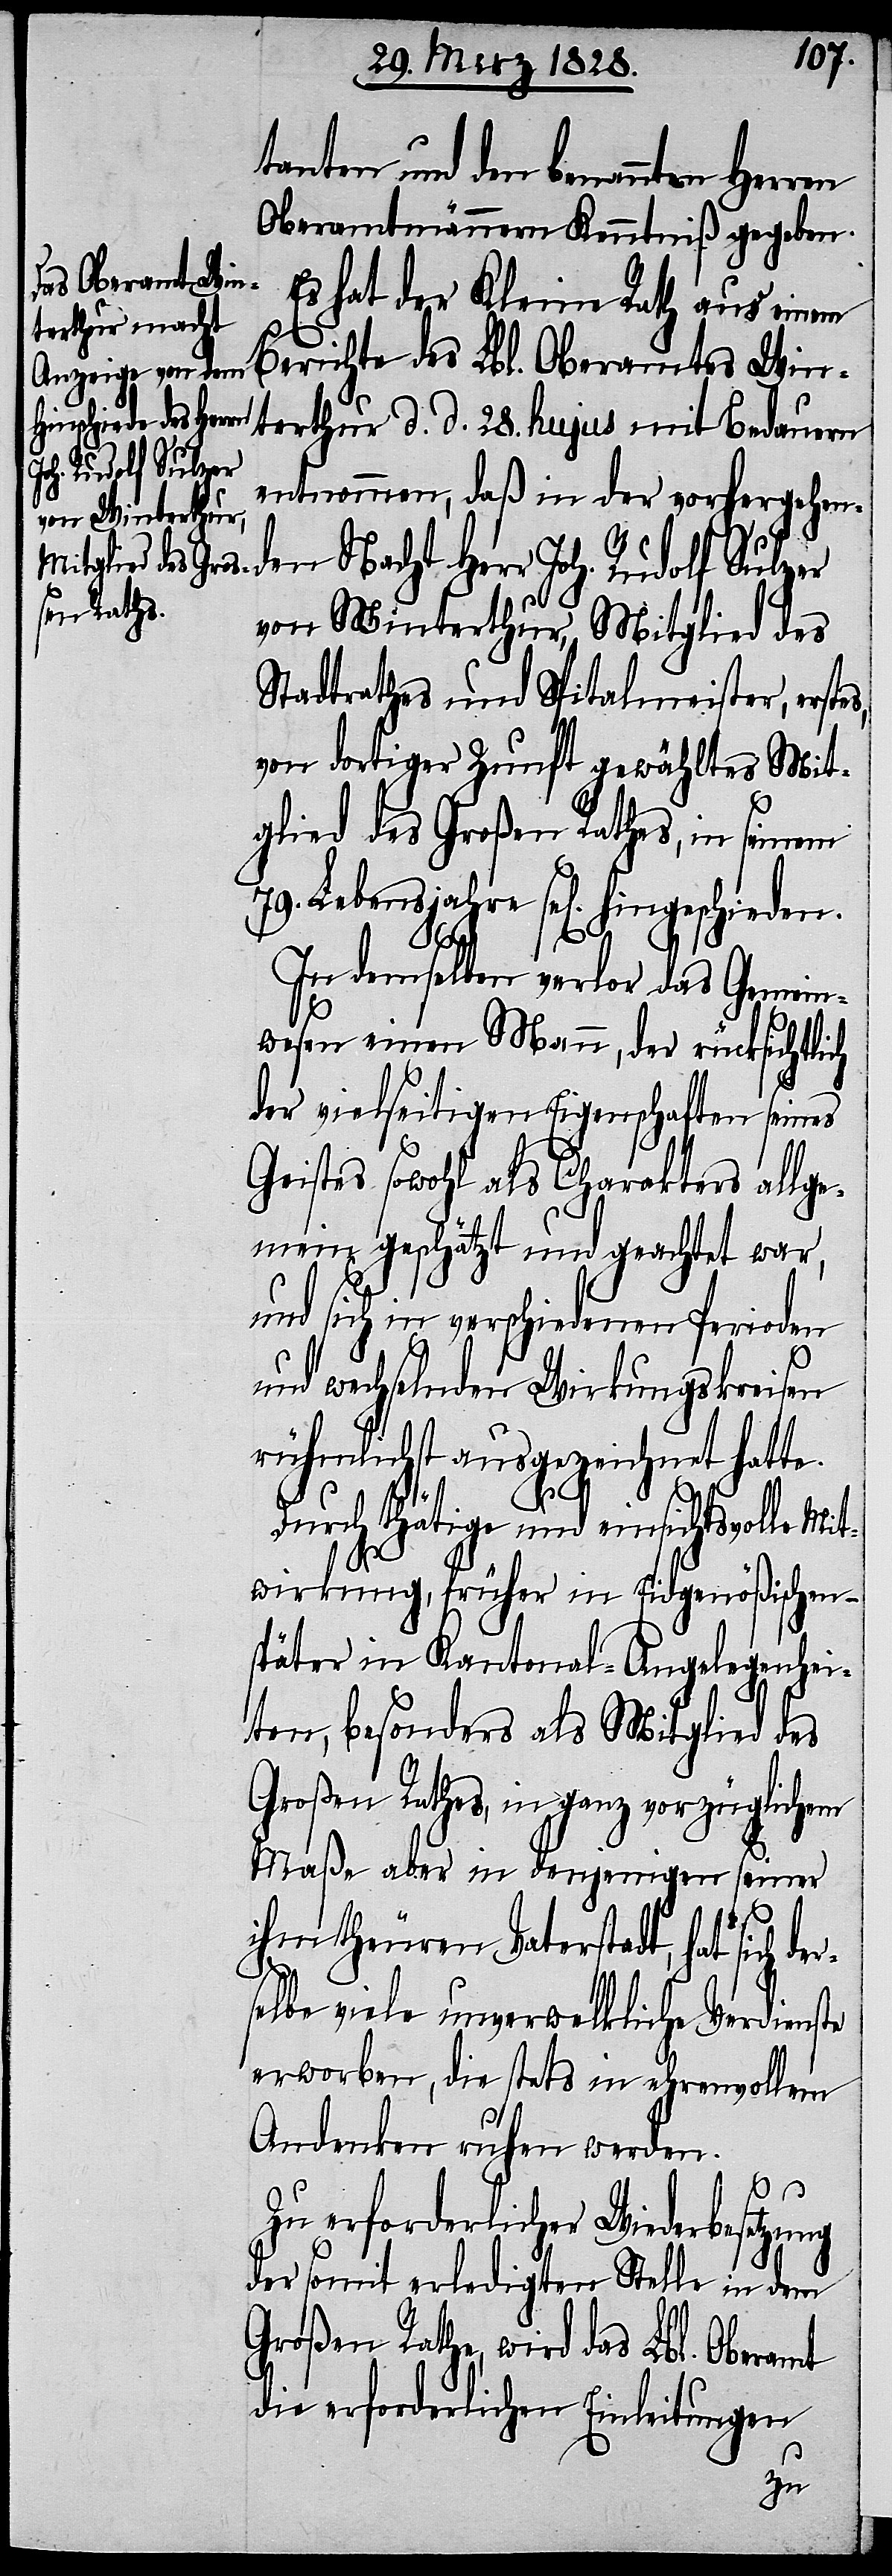
tanten und den benannten Herren
Oberamtmännern Kenntniß gegeben.
Es hat der Kleine Rath aus einem
Berichte des Lbl. Oberamtes Win¬
terthur d. d. 28. hujus mit Bedauern
entnommen, daß in der vorhergehe¬
nden Nacht Herr Joh. Rudolf Sulzer
von Winterthur, Mitglied des
Stadtrathes und Spitalmeister, erste¬
von dortiger Zunft gewähltes Mit¬
glied des Großen Rathes, in seinem
jahre sel[ig] hingeschieden.
In demselben verlor das Gemein¬
s,
wesen einen Mann, der rücksichtlich
79.
der vielseitigen Eigenschaften seines
Geistes sowohl als Charakters allge¬
mein geschätzt und geachtet war,
und sich in verschiedenen Perioden
und wechselnden Wirkungskreisen
rühmlichst ausgezeichnet hatte.
Durch thätige und einsichtsvolle Mit¬
wirkung, früher in Eidgenößischen
später in Kantonal-Angelegenhei¬
ten, besonders als Mitglied des
Großen Rathes, in ganz vorzüglichem
Maße aber in denjeningen seiner
Lebens¬
ihm theuren Vaterstadt, hat sich de¬
selbe viele unverwelkliche Verdienste
erworben, die stets in ehrenvollem
Andenken ruhen werden.
r¬
Zu erforderlicher Wiederbesetzung
der somit erledigten Stelle in dem
Großen Rathe, wird das Lbl. Oberamt
die erforderlichen Einleitungen